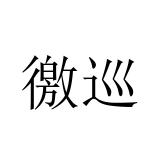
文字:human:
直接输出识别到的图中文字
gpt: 徼巡